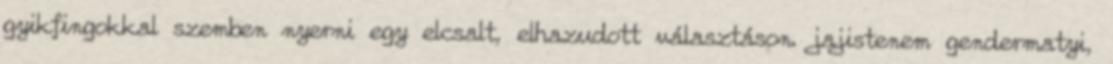
gyikfingokkal szemben nyerni egy elcsalt, elhazudott választáson. jajistenem gendermatyi,